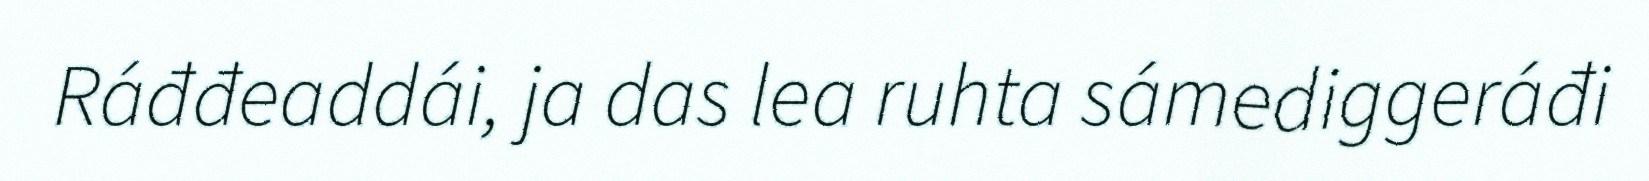
Ráđđeaddái, ja das lea ruhta sámediggeráđi